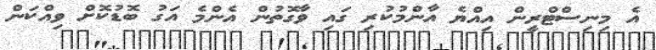
އެ މިނިސްޓްރީން އިއްޔެ އާންމުކުރި ގައި ވާގޮތުން އެންމެ އަގު ބޮޑުކޮށް ވިއްކަން